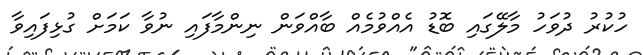
ހުކުރު ދުވަހު މާލޭގައި ބޮޑު އެއްވުމެއް ބާއްވަން ނިންމާފައި ނުވާ ކަމަށް ގުޅިފައިވާ